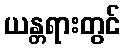
ယန္တရားတွင်